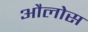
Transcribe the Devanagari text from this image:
औलोस